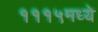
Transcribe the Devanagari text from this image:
१११५मध्ये